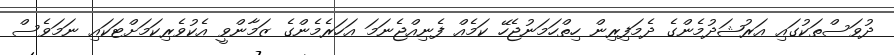
ދުވަސްތަކުގައި އަރުޝަދުމެންގެ ދެމަފިރިން ހިތްހަމަނުޖެހޭ ކަމެއް ފެނިއްޖެނަމަ އަހަރެމެންގެ ޒަމާންވީ އެކުވެރިކަމަށްޓަކައި ނަމަވެސް